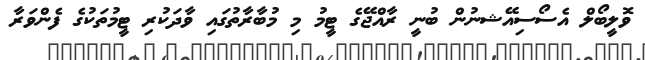
ވޮލީބޯލް އެސޯސިއޭޝނުން ބުނީ ރާއްޖޭގެ ޓީމު މި މުބާރާތުގައި ވާދަކުރި ޓީމުތަކުގެ ފެންވަރާ